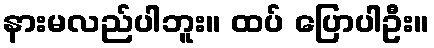
နားမလည်ပါဘူး။ ထပ် ပြောပါဦး။